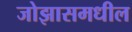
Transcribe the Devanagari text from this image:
जोझासमधील